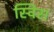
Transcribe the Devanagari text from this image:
स्‍विस